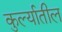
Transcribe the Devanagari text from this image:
कुर्ल्यातील